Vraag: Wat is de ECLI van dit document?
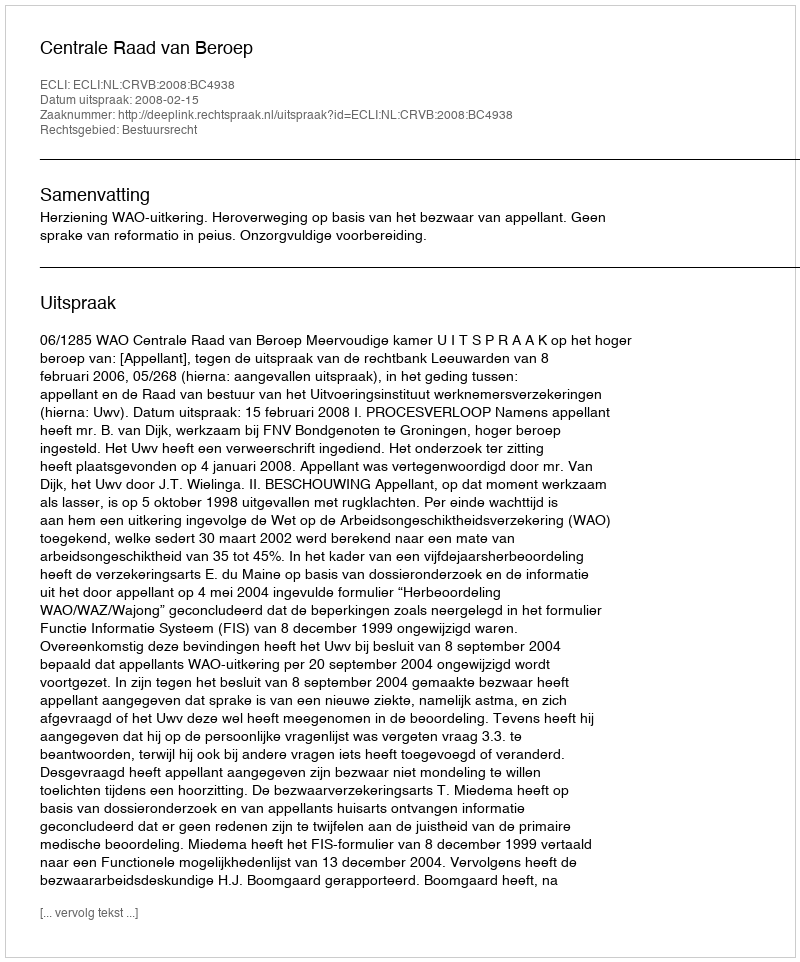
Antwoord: ECLI:NL:CRVB:2008:BC4938